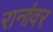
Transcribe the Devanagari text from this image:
रानांवर